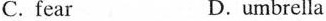
C. fear D. umbrella